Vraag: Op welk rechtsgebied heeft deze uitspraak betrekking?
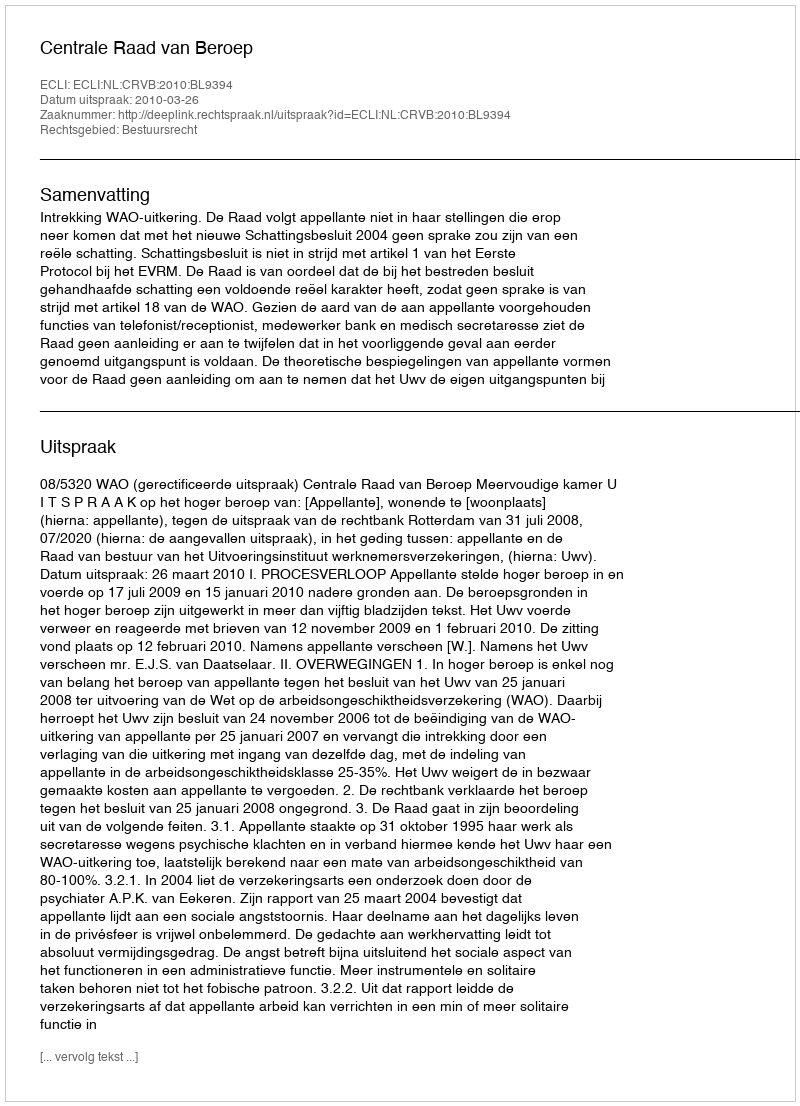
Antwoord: Bestuursrecht